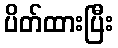
ပိတ်ထားပြီး